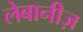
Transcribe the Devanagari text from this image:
लेबानीज़